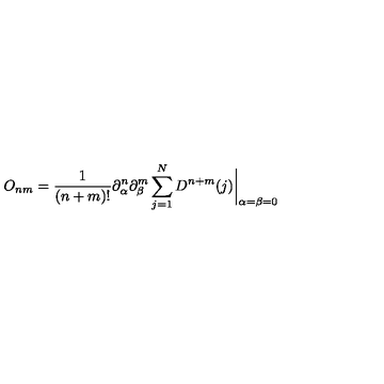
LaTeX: O _ { n m } = { \frac { 1 } { ( n + m ) ! } } \partial _ { \alpha } ^ { n } \partial _ { \beta } ^ { m } \sum _ { j = 1 } ^ { N } D ^ { n + m } ( j ) \biggr | _ { \alpha = \beta = 0 }